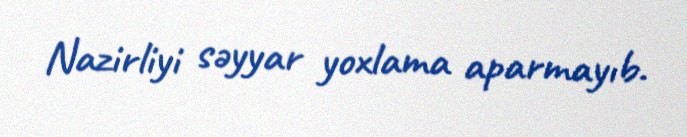
Nazirliyi səyyar yoxlama aparmayıb.